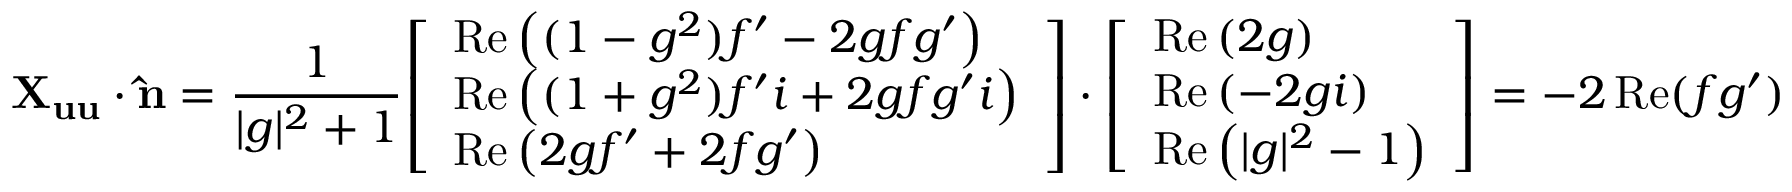
\mathbf { X _ { u u } } \cdot \mathbf { \hat { n } } = { \frac { 1 } { | g | ^ { 2 } + 1 } } { \left[ \begin{array} { l } { \operatorname { R e } \left( ( 1 - g ^ { 2 } ) f ^ { \prime } - 2 g f g ^ { \prime } \right) } \\ { \operatorname { R e } \left( ( 1 + g ^ { 2 } ) f ^ { \prime } i + 2 g f g ^ { \prime } i \right) } \\ { \operatorname { R e } \left( 2 g f ^ { \prime } + 2 f g ^ { \prime } \right) } \end{array} \right] } \cdot { \left[ \begin{array} { l } { \operatorname { R e } \left( 2 g \right) } \\ { \operatorname { R e } \left( - 2 g i \right) } \\ { \operatorname { R e } \left( | g | ^ { 2 } - 1 \right) } \end{array} \right] } = - 2 \operatorname { R e } ( f g ^ { \prime } )